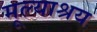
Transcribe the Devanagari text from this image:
मूल्याश्रय